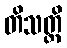
တိသတ္တိ